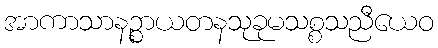
အာကာသာနဉ္စာယတနသုခုမသစ္စသညီယေဝ